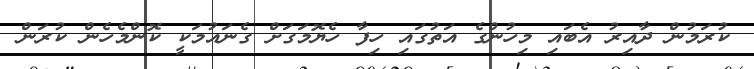
ކުރަމުން ދާއިރު އެބައި މިހުންގެ އަތުގައި ހިފާ ހެޔޮމަގަށް ގެނައުމަކީ ކޮންމެހެން ކުރަން